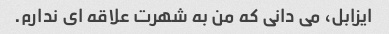
ایزابل، می دانی که من به شهرت علاقه ای ندارم.